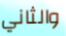
والثاني